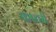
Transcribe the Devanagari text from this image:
काचरी